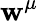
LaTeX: \mathbf{w}^{\mu}